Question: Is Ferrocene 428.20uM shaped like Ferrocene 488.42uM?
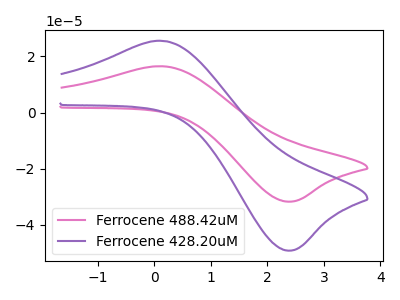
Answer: <think>The pink curve "Ferrocene 488.42uM" has an anodic peak at (0.15V, 16.45uA) and a cathodic peak at (2.40V, -31.70uA). The purple curve "Ferrocene 428.20uM" has an anodic peak at (0.15V, 25.50uA) and a cathodic peak at (2.40V, -49.15uA).
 All the peaks in "Ferrocene 428.20uM" have a peak in "Ferrocene 488.42uM" at the same potential. Every peak in "Ferrocene 428.20uM" is higher than every peak in "Ferrocene 488.42uM".</think>
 <answer>"Ferrocene 428.20uM" and "Ferrocene 488.42uM" are similar in shape.</answer>
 <eval>same_shape</eval>